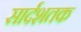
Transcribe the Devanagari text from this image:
सार्दशतक